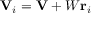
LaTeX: \mathbf { V } _ { i } = \mathbf { V } + W \mathbf { r } _ { i }